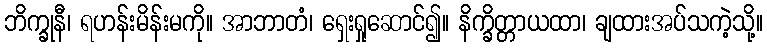
ဘိက္ခုနီ၊ ရဟန်းမိန်းမကို။ အာဘာတံ၊ ရှေးရှုဆောင်၍။ နိက္ခိတ္တာယထာ၊ ချထားအပ်သကဲ့သို့။